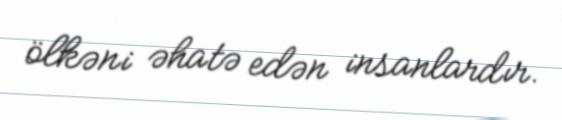
ölkəni əhatə edən insanlardır.